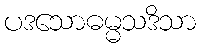
ပဒသောဓမ္မသဒိသာ